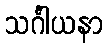
သင်္ဂါယနာ